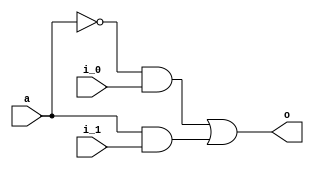
module multiplexer_2_1(a,i_0,i_1,o);
  input a,i_0,i_1;
  output o;
  wire t1,t2;

  assign t1 = ~a & i_0;
  assign t2 = a & i_1;
  assign o = t1 | t2;
endmodule

module multiplexer_2_1_4bit(a,i_0,i_1,o);
  input a;
  input [3:0] i_0,i_1;
  output [3:0] o;
  wire [3:0] t1,t2;
  

  assign t1[0] = ~a & i_0[0];
  assign t1[1] = ~a & i_0[1];
  assign t1[2] = ~a & i_0[2];
  assign t1[3] = ~a & i_0[3];

  assign t2[0] = a & i_1[0];
  assign t2[1] = a & i_1[1];
  assign t2[2] = a & i_1[2];
  assign t2[3] = a & i_1[3];

  assign o[0] = t1[0] | t2[0];
  assign o[1] = t1[1] | t2[1];
  assign o[2] = t1[2] | t2[2];
  assign o[3] = t1[3] | t2[3];
endmodule